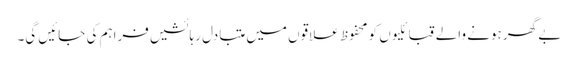
بے گھر ہونے والے قبائلیوں کو محفوظ علاقوں میں متبادل رہائشیں فراہم کی جائیں گی۔